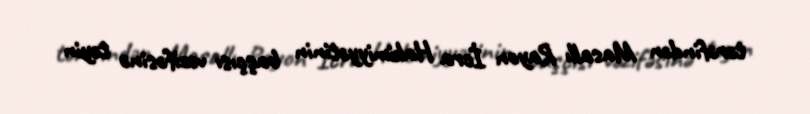
tərəfindən Masallı Rayon İcra Hakimiyyətinin başçısı vəzifəsinə təyin